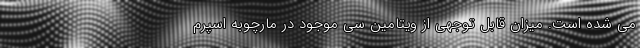
می شده است. میزان قابل توجهی از ویتامین سی موجود در مارچوبه اسپرم